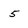
Character: 5